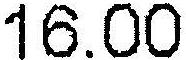
16.00